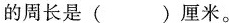
的周长是( )厘米。